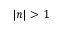
| n | > 1